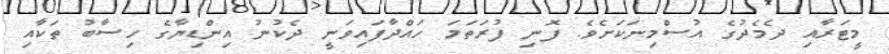
މީޓަރާއި ދެމެދުގެ އުސްމިނަކަށެވެ. ފޮނި ފުރަތަމަ ހައްދާފައިވަނީ ދެކުނު އިންޑިޔާގެ ހިސާބު ތަކާއި